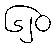
၆၂၀